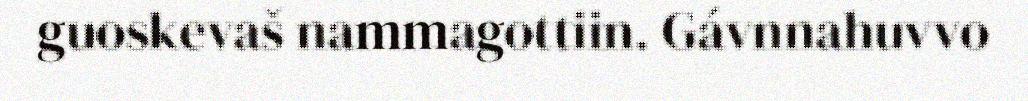
guoskevaš nammagottiin. Gávnnahuvvo